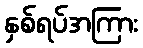
နှစ်ရပ်အကြား